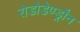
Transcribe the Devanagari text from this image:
रोडोडेण्ड्रौन